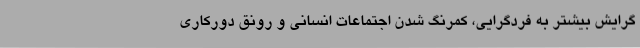
گرایش بیشتر به فردگرایی، کمرنگ شدن اجتماعات انسانی و رونق دورکاری